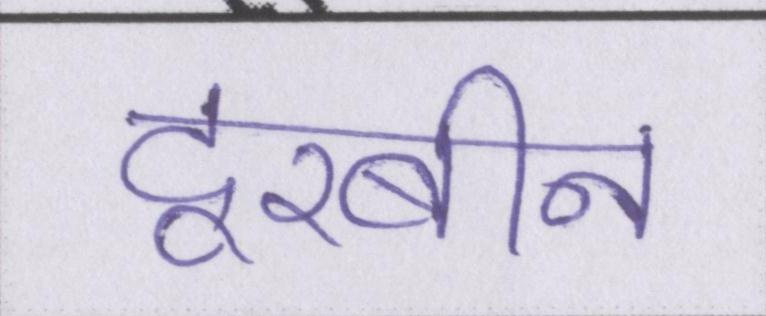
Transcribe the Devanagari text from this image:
दूरबीन